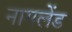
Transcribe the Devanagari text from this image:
नागलेंड